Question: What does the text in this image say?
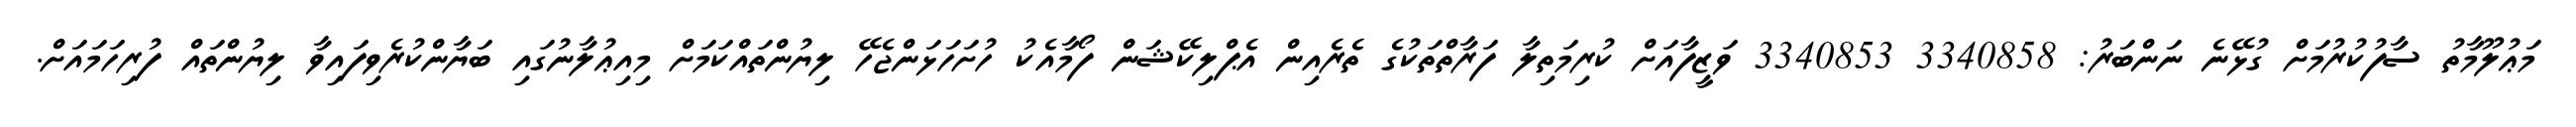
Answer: މަޢުލޫމާތު ސާފުކުރުމަށް ގުޅޭނެ ނަންބަރު: 3340858 3340853 ވަޒީފާއަށް ކުރިމަތިލާ ފަރާތްތަކުގެ ތެރެއިން އެޕްލިކޭޝަން ފޯމާއެކު ހުށަހަޅަންޖެހޭ ލިޔުންތައްކަމަށް މިއިޢުލާނުގައި ބަޔާންކުރެވިފައިވާ ލިޔުންތައް ފުރިހަމައަށް.